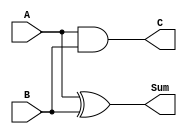
`timescale 1ns / 1ps
//////////////////////////////////////////////////////////////////////////////////
// Company: 
// Engineer: 
// 
// Design Name: 
// Module Name: lab1
// Project Name: 
// Target Devices: 
// Tool Versions: 
// Description: 
// 
// Dependencies: 
// 
// Revision:
// Revision 0.01 - File Created
// Additional Comments:
// 
//////////////////////////////////////////////////////////////////////////////////


module lab1(
    input A,
    input B,
    output Sum,
    output C
    );
    
assign Sum = A^B;
assign C = A&B; 
    
endmodule